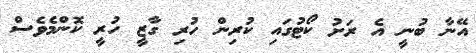
އޭނާ ބުނީ އެ ރަށު ކޯޓުގައި ކުރިން ހުރި ގާޒީ ހުރީ ކޮންމެވެސް